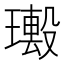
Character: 𤩮